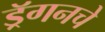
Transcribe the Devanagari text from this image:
ड्रॅगनचे